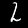
Digit: 2